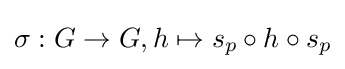
\sigma :G\to G,h\mapsto s_{p}\circ h\circ s_{p}